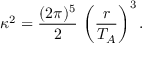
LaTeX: \kappa ^ { 2 } = \frac { ( 2 \pi ) ^ { 5 } } { 2 } \, \left( \frac { r } { T _ { A } } \right) ^ { 3 } .